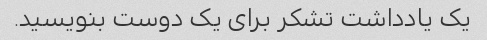
یک یادداشت تشکر برای یک دوست بنویسید.